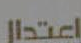
اعتدار